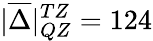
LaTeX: |\overline{{\Delta}}|_{QZ}^{TZ}=124